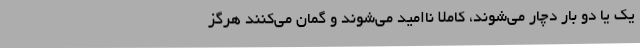
یک یا دو بار دچار می‌شوند، کاملاً ناامید می‌شوند و گمان می‌کنند هرگز